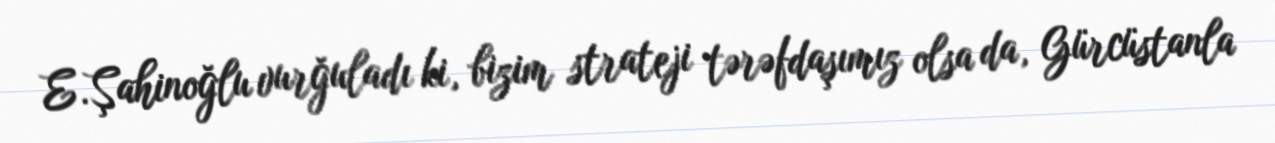
E.Şahinoğlu vurğuladı ki, bizim strateji tərəfdaşımız olsa da, Gürcüstanla